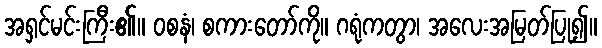
အရှင်မင်းကြီး၏။ ဝစနံ၊ စကားတော်ကို။ ဂရုံကတွာ၊ အလေးအမြတ်ပြု၍။